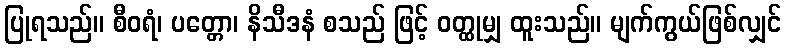
ပြုရသည်။ စီဝရံ၊ ပတ္တော၊ နိသီဒနံ စသည် ဖြင့် ဝတ္ထုမျှ ထူးသည်။ မျက်ကွယ်ဖြစ်လျှင်